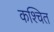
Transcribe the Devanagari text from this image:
कश्चित